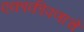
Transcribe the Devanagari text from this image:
एकाकीपणाचे